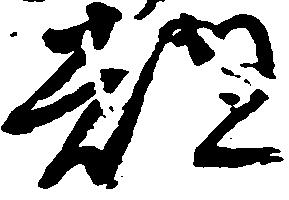
都